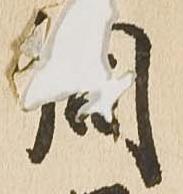
同